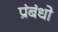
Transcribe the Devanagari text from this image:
प्रंबंधो